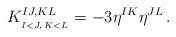
LaTeX: \begin{align*}K^{IJ,KL}_{_{I<J,\,K<L}}=-3\eta^{IK}\eta^{JL}\,.\end{align*}